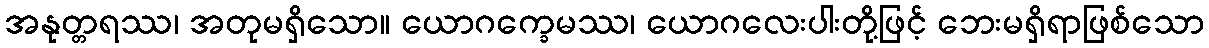
အနုတ္တရဿ၊ အတုမရှိသော။ ယောဂက္ခေမဿ၊ ယောဂလေးပါးတို့ဖြင့် ဘေးမရှိရာဖြစ်သော